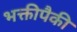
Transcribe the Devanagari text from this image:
भक्तीपैकी